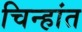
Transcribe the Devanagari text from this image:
चिन्हांत